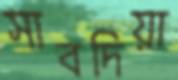
সাবদিয়া